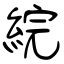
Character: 綄